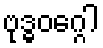
ဗုဒ္ဓဝဂ္ဂေါ